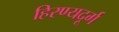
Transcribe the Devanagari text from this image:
हिरण्यदूर्ग